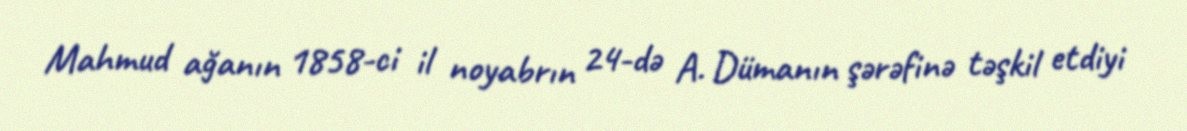
Mahmud ağanın 1858-ci il noyabrın 24-də A. Dümanın şərəfinə təşkil etdiyi